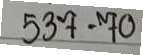
537 = 70